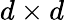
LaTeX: d\times d